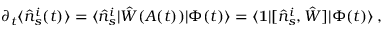
\partial _ { t } \langle \hat { n } _ { s } ^ { i } ( t ) \rangle = \langle \hat { n } _ { s } ^ { i } | \hat { W } ( A ( t ) ) | \Phi ( t ) \rangle = \langle \mathbf { 1 } | [ \hat { n } _ { s } ^ { i } , \hat { W } ] | \Phi ( t ) \rangle \, ,